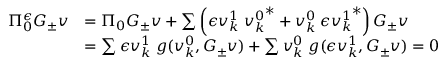
\begin{array} { r l } { \Pi _ { 0 } ^ { \epsilon } G _ { \pm } v } & { = \Pi _ { 0 } G _ { \pm } v + \sum \left( { \epsilon } v _ { k } ^ { 1 } \; { v _ { k } ^ { 0 } } ^ { \ast } + v _ { k } ^ { 0 } \; { { \epsilon } v _ { k } ^ { 1 } } ^ { \ast } \right) G _ { \pm } v } \\ & { = \sum { \epsilon } v _ { k } ^ { 1 } \; g ( v _ { k } ^ { 0 } , G _ { \pm } v ) + \sum v _ { k } ^ { 0 } \; g ( { \epsilon } v _ { k } ^ { 1 } , G _ { \pm } v ) = 0 } \end{array}